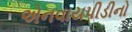
એનવાયપીડીનો